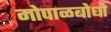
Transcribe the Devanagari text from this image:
गोपाळबोधो